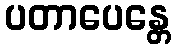
ပတာပေန္တေ